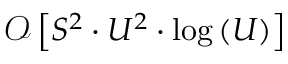
\mathcal { O } \left[ S ^ { 2 } \cdot U ^ { 2 } \cdot \log \left( U \right) \right]